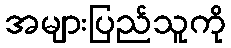
အများပြည်သူကို